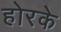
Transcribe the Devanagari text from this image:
होरके